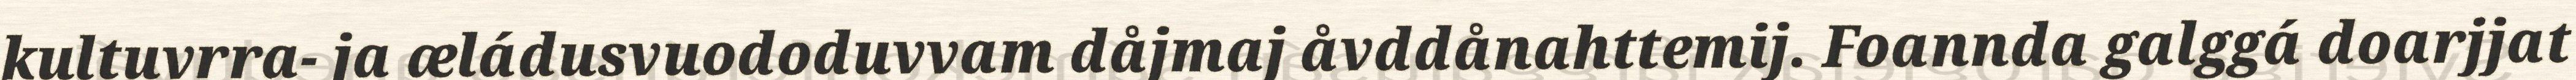
kultuvrra- ja æládusvuododuvvam dåjmaj åvddånahttemij. Foannda galggá doarjjat